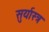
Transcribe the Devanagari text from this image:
सुर्यास्त्र